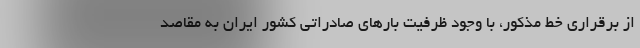
از برقراری خط مذکور، با وجود ظرفیت بارهای صادراتی کشور ایران به مقاصد